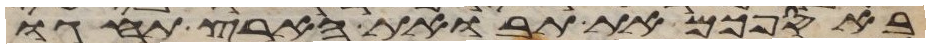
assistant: באספכם את תבואת הארץ תחגו